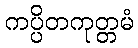
ကပ္ပိတကုတ္တမံ